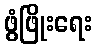
ဖွံဖြိုးရေး